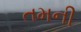
તમની